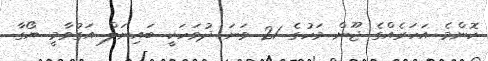
ކޮންމެ އަހަރެއްގެ ޖޫން މަހުގެ 21 ވަނަ ދުވަހަކީ ބައިނަލް އަގުވާމީ ޔޯގާ